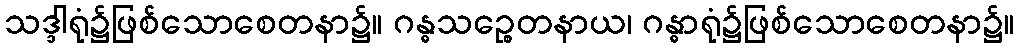
သဒ္ဒါရုံ၌ဖြစ်သောစေတနာ၌။ ဂန္ဓသဉ္စေတနာယ၊ ဂန္ဓာရုံ၌ဖြစ်သောစေတနာ၌။